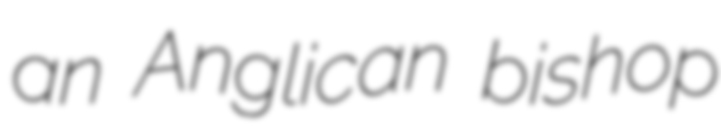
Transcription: an Anglican bishop